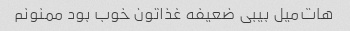
هات‌میل بیبی ضعیفه غذاتون خوب بود ممنونم